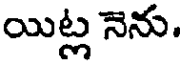
యిట్ల నెను.